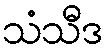
သံသီဒ